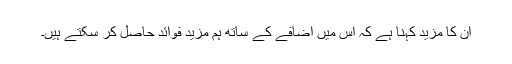
ان کا مزید کہنا ہے کہ اس میں اضافے کے ساتھ ہم مزید فوائد حاصل کر سکتے ہیں۔